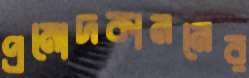
প্রমোদকাননের